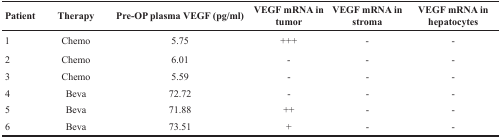
| Patient | Therapy | Pre-OP plasma VEGF (pg/ml) | VEGF mRNA in tumor | VEGF mRNA in stroma | VEGF mRNA in hepatocytes |
 | --- | --- | --- | --- | --- | --- |
 | 1 | Chemo | 5.75 | +++ | - | - |
 | 2 | Chemo | 6.01 | - | - | - |
 | 3 | Chemo | 5.59 | - | - | - |
 | 4 | Beva | 72.72 | - | - | - |
 | 5 | Beva | 71.88 | ++ | - | - |
 | 6 | Beva | 73.51 | + | - | - |